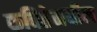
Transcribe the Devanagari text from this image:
कवितेमधील